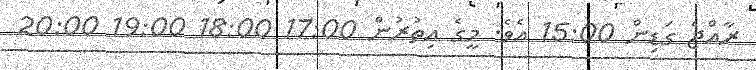
ރާއްޖެ ގަޑިން 15:00 އެވެ. މީގެ އިތުރުން 17:00 18:00 19:00 20:00